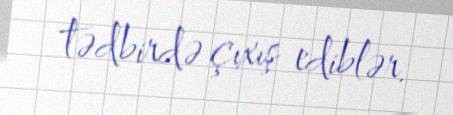
tədbirdə çıxış ediblər.